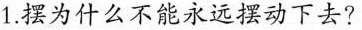
1.摆为什么不能永远摆动下去?